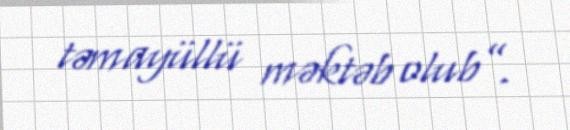
təmayüllü məktəb olub”.